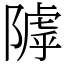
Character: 𨻲